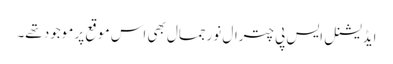
ایڈیشنل ایس پی چترال نورجمال بھی اس موقع پر موجود تھے۔